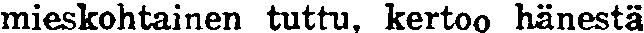
mieskohtainen tuttu, kertoo hänestä